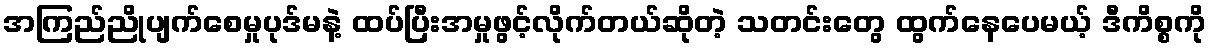
အကြည်ညိုပျက်စေမှုပုဒ်မနဲ့ ထပ်ပြီးအမှုဖွင့်လိုက်တယ်ဆိုတဲ့ သတင်းတွေ ထွက်နေပေမယ့် ဒီကိစ္စကို